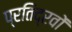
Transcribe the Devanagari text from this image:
प्रतिद्रवों